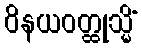
ဝိနယဝတ္ထုသ္မိံ